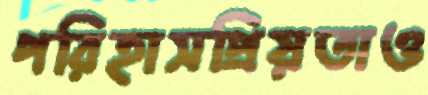
পরিহাসপ্রিয়তাও